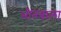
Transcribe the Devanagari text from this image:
भीतवाला